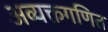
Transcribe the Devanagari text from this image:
अव्यक्तगणित